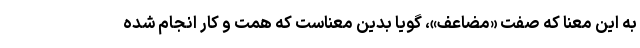
به این معنا که صفت «مضاعف»، گویا بدین معناست که همت و کار انجام شده